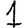
Digit: 1